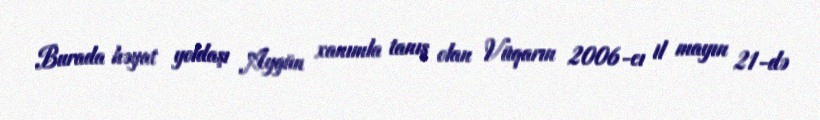
Burada həyat yoldaşı Aygün xanımla tanış olan Vüqarın 2006-cı il mayın 21-də